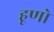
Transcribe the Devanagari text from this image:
हूणो